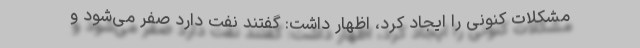
مشکلات کنونی را ایجاد کرد، اظهار داشت: گفتند نفت دارد صفر می‌شود و